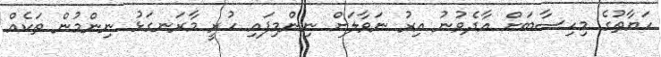
ހަޔާތުގެ މިހިސާބަށް އާދެވުނު އިރު ނަވާލަށް ނިންމިފައި ހުރީ މާރަނގަޅު ނިންމުން ތަކެއް